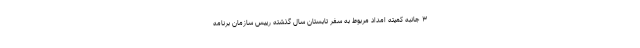
۳ جانبه کمیته امداد مربوط به سفر تابستان سال گذشته رییس سازمان برنامه